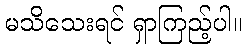
မသိသေးရင် ရှာကြည့်ပါ။